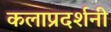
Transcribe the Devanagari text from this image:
कलाप्रदर्शनी